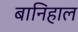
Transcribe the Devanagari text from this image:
बानिहाल